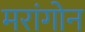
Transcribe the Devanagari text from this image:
मरांगोन